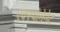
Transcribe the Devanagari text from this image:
एक्स्पोनेनेट